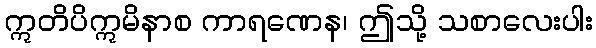
ဣတိပိဣမိနာစ ကာရဏေန၊ ဤသို့ သစာလေးပါး